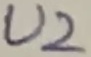
Text: U2